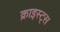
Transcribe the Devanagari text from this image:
क्राइस्ट्स